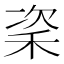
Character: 秶